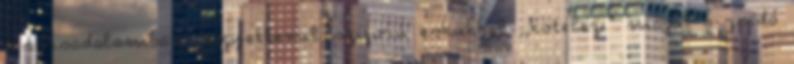
a társadalomban. Kegyetlenül szigorú eskükkel ,,kötelezi" magát a zsidó